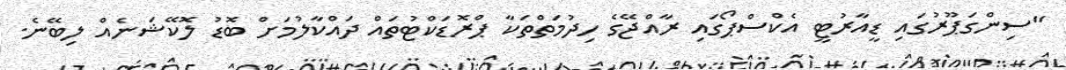
"ސިންގަޕޫރުގައި ޑީއާރުޓީ އެކްސްޕޯގައި ރާއްޖޭގެ ހިދުމަތްތަކާ ޕްރޮޑަކްޓުތައް ދައްކާލުމަށް ބޮޑު ލޮކޭޝަނެއް ލިބޭނެ.